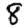
Digit: 8